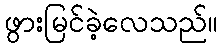
ဖွားမြင်ခဲ့လေသည်။